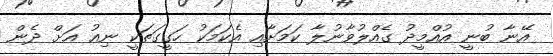
އޭނާ ބުނީ އުއްމީދު ގެއްލުވާނުލާ ކަމަށާއި އެކަމަކު ހަގީގަތަކީ ނިއު އަށް ދެން